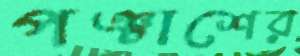
পঞ্চাশের